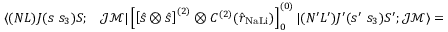
\begin{array} { r l } { \langle ( N L ) J ( s ~ s _ { 3 } ) S ; } & { { } \mathcal { J } \mathcal { M } | \left[ \left[ \hat { s } \otimes \hat { s } \right] ^ { ( 2 ) } \otimes C ^ { ( 2 ) } ( \hat { r } _ { \mathrm { N a L i } } ) \right] _ { 0 } ^ { ( 0 ) } | ( N ^ { \prime } L ^ { \prime } ) J ^ { \prime } ( s ^ { \prime } ~ s _ { 3 } ) S ^ { \prime } ; \mathcal { J } \mathcal { M } \rangle = } \end{array}